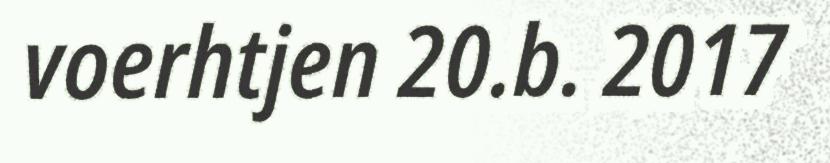
voerhtjen 20.b. 2017